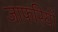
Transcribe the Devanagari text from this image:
जाफरियों